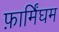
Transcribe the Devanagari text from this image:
फ़ार्मिंघम